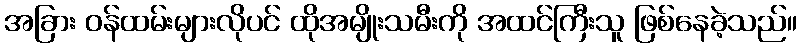
အခြား ဝန်ထမ်းများလိုပင် ထိုအမျိုးသမီးကို အထင်ကြီးသူ ဖြစ်နေခဲ့သည်။